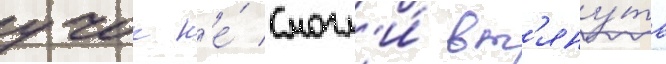
учок н'е́ смогл'и́ вт'яну́ть